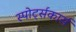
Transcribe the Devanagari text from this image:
स्पोर्ट्सकार्स